Vaccination Hyderabad 1872-1889 - 1872-1889
Year: 1872
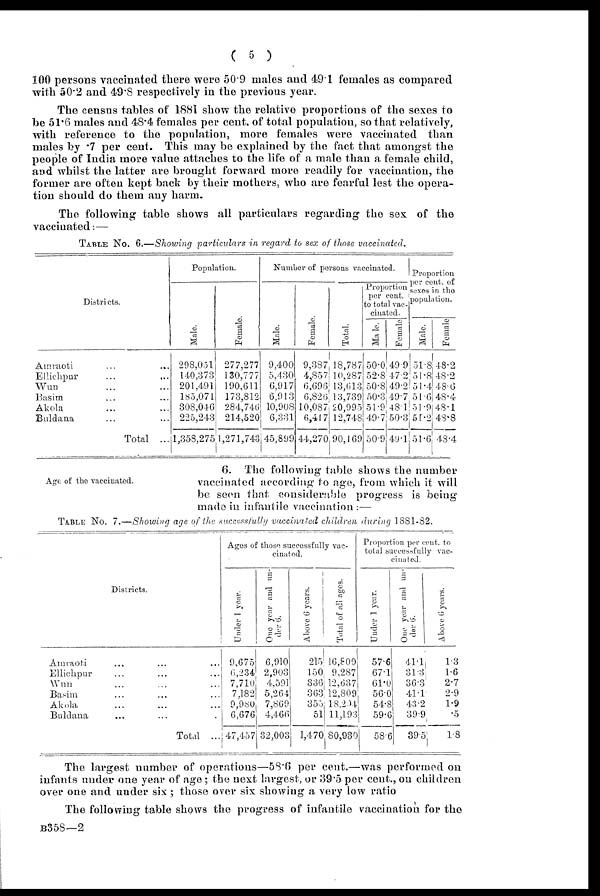
( 5 )
100 persons vaccinated there were 50.9 males and 49.1 females as compared
with 50.2 and 49.8 respectively in the previous year.
The census tables of 1881 show the relative proportions of the sexes to
be 51.6 males and 48.4 females per cent. of total population, so that relatively,
with reference to the population, more females were vaccinated than
males by .7 per cent. This may be explained by the fact that amongst the
people of India more value attaches to the life of a male than a female child,
and whilst the latter are brought forward more readily for vaccination, the
former are often kept back by their mothers, who are fearful lest the opera-
tion should do them any harm.
The following table shows all particulars regarding the sex of the
vaccinated:—
TABLE No. 6.—Showing particulars in regard to sex of those vaccinated.
Districts.
Amraoti ... ...
Ellichpur ... ...
Wun ... ...
Basim ... ...
Akola ... ...
Buldana ... ...
Total ...
Population.
Male.
298,051
140,373
201,491
185,071
308,046
225,243
1,358,275
Female.
277,277
130,777
190,611
173,812
284,746
214,520
1,271,743
Number of persons vaccinated.
Male.
9,400
5,430
6,917
6,913
10,908
6,331
45,899
Female.
9,387
4,857
6,696
6,826
10,087
6,417
44,270
Total.
18,787
10,287
13,613
13,739
20,995
12,748
90,169
Proportion
per cent.
to total vac-
cinated.
Male.
50.0
52.8
50.8
50.3
51.9
49.7
50.9
Female
49.9
47.2
49.2
49.7
48.1
50.3
49.1
Proportion
per cent. of
sexes in the
population.
Male.
51.8
51.8
51.4
51.6
51.9
51.2
51.6
Female
48.2
48.2
48.6
48.4
48.1
43.8
48.4
Age of the vaccinated.
6. The following table shows the number
vaccinated according to age, from which it will
be seen that, considerable progress is being
made in infantile vaccination :—
TABLE No. 7.—Showing age of the successfully vaccinated children during 1881-82.
Districts.
Amraoti ... ... ...
Ellichpur ... ... ...
Wun ... ... ...
Basim ... ... ...
Akola ... ... ...
Buldana ... ... ...
Total ...
Ages of those successfully vac-
cinated.
Under 1 year.
9,675
6,234
7,710
7,182
9,980
6,676
47,457
One year and un-
der 6.
6,910
2,903
4,591
5,264
7,869
4,466
32,003
Above 6 years.
215
150
336
363
355
51
1,470
Total of all ages.
16,800
9,287
12,637
12,809
18,204
11,193
.80,930
Proportion per cent. to
total successfully vac-
cinated.
Under 1 year.
57.6
67.1
61.0
56.0
54.8
59.6
58.6
One year and un-
der 6.
41.1
31.3
36.3
41.1
43.2
39.9
39.5
Above 6 years.
1.3
1.6
2.7
2.9
1.9
.5
1.8
The largest number of operations—58.6 per cent.—was performed on
infants under one year of age ; the next largest, or 39.5 per cent., on children
over one and under six ; those over six showing a very low ratio
The following table shows the progress of infantile vaccination for the
B358—2